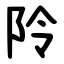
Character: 阾